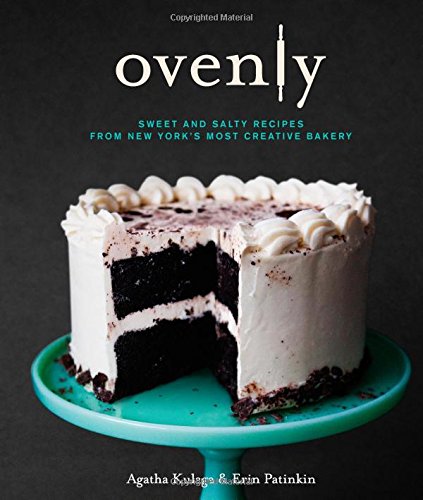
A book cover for Ovenly: Sweet and Salty Recipes from New York's Most Creative Bakery; Erin Patinkin; Cookbooks, Food & Wine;